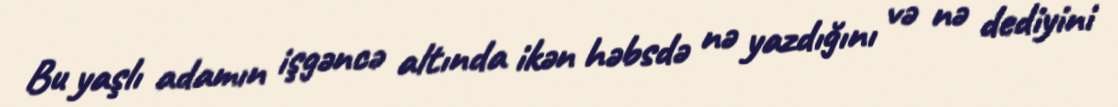
Bu yaşlı adamın işgəncə altında ikən həbsdə nə yazdığını və nə dediyini